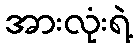
အားလုံးရဲ့